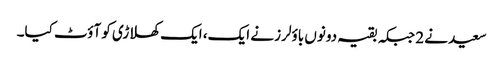
سعید نے 2 جبکہ بقیہ دونوں باؤلرز نے ایک، ایک کھلاڑی کو آؤٹ کیا۔